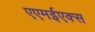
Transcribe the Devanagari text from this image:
एएमईएक्स